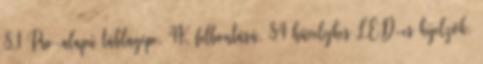
8.1 Pro-alapú táblagépe. 4K felbontású, 84 hüvelykes LED-es kijelzők,